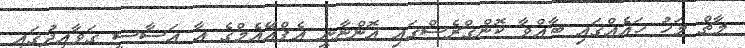
މާޗް މަހު ހައެއްގައި ބާއްވާ ކޮންގްރެސްގައި އޮންނާނީ އެފްއޭއެމްގެ އާ އަސާސީ ގަވާއިދުގައި